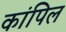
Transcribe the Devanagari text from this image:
कांपिल